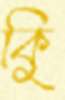
কুি